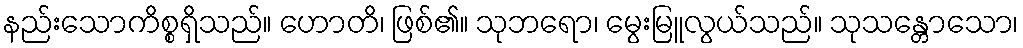
နည်းသောကိစ္စရှိသည်။ ဟောတိ၊ ဖြစ်၏။ သုဘရော၊ မွေးမြူလွယ်သည်။ သုသန္တောသော၊